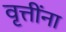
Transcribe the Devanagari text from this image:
वृत्तींना